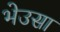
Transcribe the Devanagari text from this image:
भेउसा